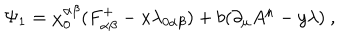
\Psi _ { 1 } = \chi _ { 0 } ^ { \alpha \beta } ( F _ { \alpha \beta } ^ { + } - x \lambda _ { 0 \alpha \beta } ) + b ( \partial _ { \mu } A ^ { \mu } - y \lambda ) \ ,